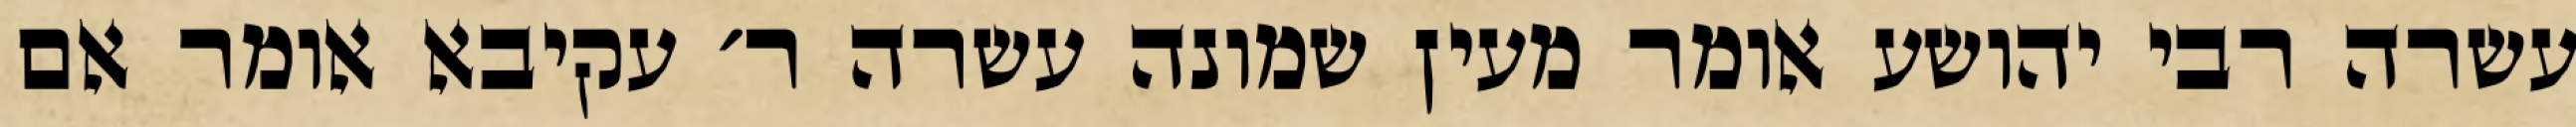
עשרה רבי יהושע אומר מעין שמונה עשרה ר׳ עקיבא אומר אם